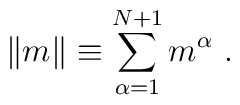
\| m\| \equiv \sum^{N+1}_{\alpha=1}m^\alpha\ .